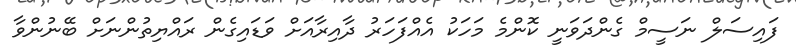
ފައިސަލް ނަސީމް ގެންދަވަނީ ކޮންމެ މަހަކު އެއްފަހަރު ދާއިރާއަށް ވަޑައިގެން ރައްޔިތުންނަށް ބޭނުންވާ